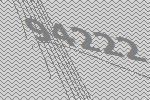
94222